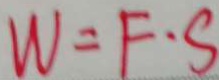
W = F \cdot S